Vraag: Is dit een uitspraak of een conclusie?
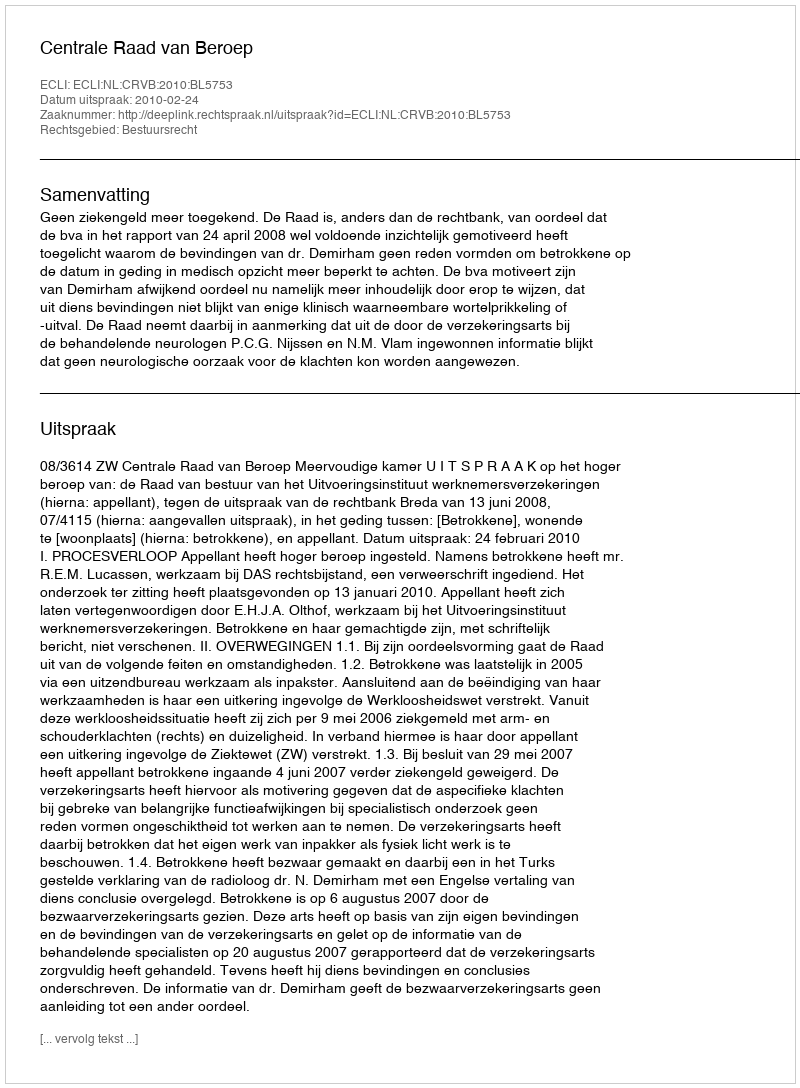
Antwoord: Uitspraak